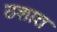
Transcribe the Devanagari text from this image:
ठशात